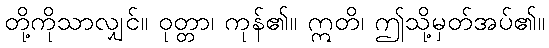
တို့ကိုသာလျှင်။ ဝုတ္တာ၊ ကုန်၏။ ဣတိ၊ ဤသို့မှတ်အပ်၏။